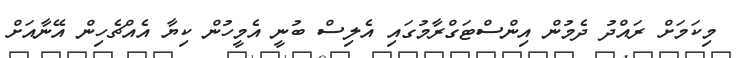
މިކަމަށް ރައްދު ދެމުން އިންސްޓަގްރާމުގައި އެލިސް ބުނީ އެމީހުން ކިޔާ އެއްޗެހިން އޭނާއަށް